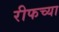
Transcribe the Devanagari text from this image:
रीफच्या